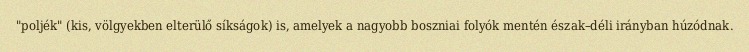
"poljék" (kis, völgyekben elterülő síkságok) is, amelyek a nagyobb boszniai folyók mentén észak–déli irányban húzódnak.